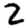
Digit: 2